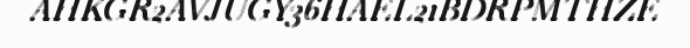
AHKGR2AVJUGY36HAEL21BDRPMTHZE